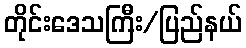
တိုင်းဒေသကြီး/ပြည်နယ်